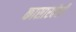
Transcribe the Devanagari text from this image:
कासारवेली